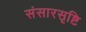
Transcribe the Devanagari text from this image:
संसारसृष्टि